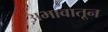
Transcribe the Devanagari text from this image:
अभावातून